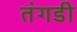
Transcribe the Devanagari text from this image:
तंगडी